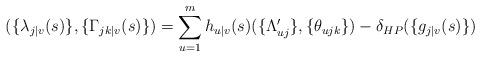
LaTeX: \begin{align*} (\{\lambda_{j|v}(s)\},\{\Gamma_{jk|v}(s)\})=\sum_{u=1}^m h_{u|v}(s)(\{\Lambda_{uj}'\},\{\theta_{ujk}\})-\delta_{HP}(\{g_{j|v}(s)\})\end{align*}